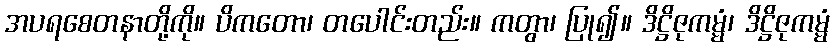
အပရစေတနာတို့ကို။ ပိကတော၊ တပေါင်းတည်း။ ကတွာ၊ ပြု၍။ ဒိဋ္ဌိဇုကမ္မံ၊ ဒိဋ္ဌိဇုကမ္မံ